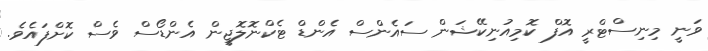
ވަނީ މިނިސްޓްރީ އޮފް ކޮމިއުނިކޭޝަން ސައެންސް އެންޑް ޓެކްނޮލޮޖީން އެންޑޯސް ވެސް ކޮށްފައެވެ.